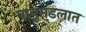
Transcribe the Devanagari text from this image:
वायुमंडलात